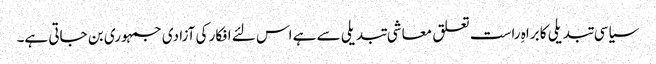
سیاسی تبدیلی کا براہِ راست تعلق معاشی تبدیلی سے ہے اس لئے افکار کی آزادی جمہوری بن جاتی ہے۔